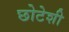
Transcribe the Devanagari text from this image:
छोटेशी